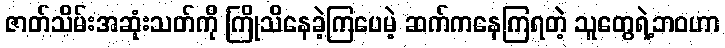
ဇာတ်သိမ်းအဆုံးသတ်ကို ကြိုသိနေခဲ့ကြပေမဲ့ ဆက်ကနေကြရတဲ့ သူတွေရဲ့ဘဝဟာ